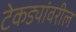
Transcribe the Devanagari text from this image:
टेकड्यांवरील